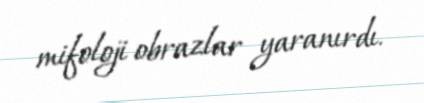
mifoloji obrazlar yaranırdı.